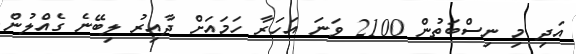
އަދި މި ނިސްބަތުން 2100 ވަނަ އަހަރާ ހަމައަށް ދާއިރު ލިބޭނެ ގެއްލުން